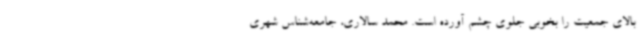
بالای جمعیت را بخوبی جلوی چشم آورده است. محمد سالاری، جامعه‌شناس شهری